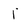
Character: 1